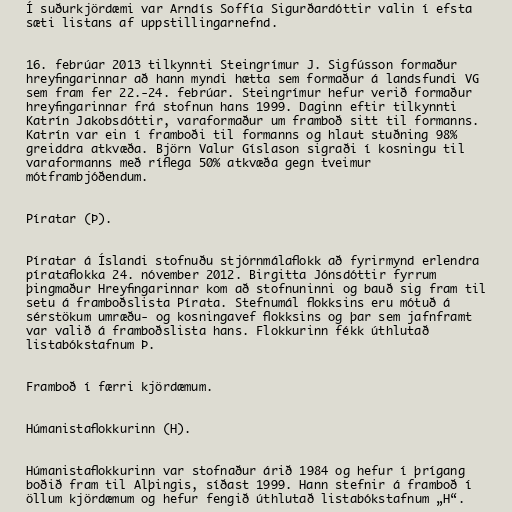
Í suðurkjördæmi var Arndís Soffía Sigurðardóttir valin í efsta
sæti listans af uppstillingarnefnd.

16. febrúar 2013 tilkynnti Steingrímur J. Sigfússon formaður
hreyfingarinnar að hann myndi hætta sem formaður á landsfundi VG
sem fram fer 22.-24. febrúar. Steingrímur hefur verið formaður
hreyfingarinnar frá stofnun hans 1999. Daginn eftir tilkynnti
Katrín Jakobsdóttir, varaformaður um framboð sitt til formanns.
Katrín var ein í framboði til formanns og hlaut stuðning 98%
greiddra atkvæða. Björn Valur Gíslason sigraði í kosningu til
varaformanns með ríflega 50% atkvæða gegn tveimur
mótframbjóðendum.

Píratar (Þ).

Píratar á Íslandi stofnuðu stjórnmálaflokk að fyrirmynd erlendra
pírataflokka 24. nóvember 2012. Birgitta Jónsdóttir fyrrum
þingmaður Hreyfingarinnar kom að stofnuninni og bauð sig fram til
setu á framboðslista Pírata. Stefnumál flokksins eru mótuð á
sérstökum umræðu- og kosningavef flokksins og þar sem jafnframt
var valið á framboðslista hans. Flokkurinn fékk úthlutað
listabókstafnum Þ.

Framboð í færri kjördæmum.

Húmanistaflokkurinn (H).

Húmanistaflokkurinn var stofnaður árið 1984 og hefur í þrígang
boðið fram til Alþingis, síðast 1999. Hann stefnir á framboð í
öllum kjördæmum og hefur fengið úthlutað listabókstafnum „H“.